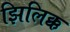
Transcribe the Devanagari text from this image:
झिलिक्क